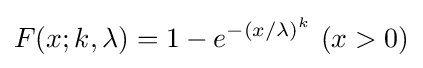
F(x;k,\lambda )=1-e^{-(x/\lambda )^{k}}\,\,(x>0)